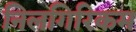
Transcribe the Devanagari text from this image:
निलगिरिकम